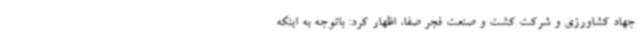
جهاد کشاورزی و شرکت کشت و صنعت فجر صفا، اظهار کرد: باتوجه به اینکه